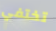
تختفي